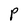
Character: P